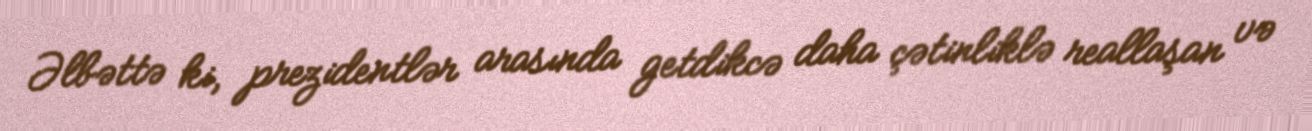
Əlbəttə ki, prezidentlər arasında getdikcə daha çətinliklə reallaşan və